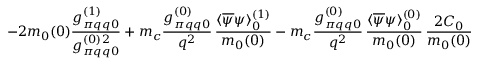
- 2 m _ { 0 } ( 0 ) \frac { g _ { \pi q q 0 } ^ { ( 1 ) } } { g _ { \pi q q 0 } ^ { ( 0 ) \, 2 } } + m _ { c } \frac { g _ { \pi q q 0 } ^ { ( 0 ) } } { q ^ { 2 } } \, \frac { \langle \overline { { { \psi } } } \psi \rangle _ { 0 } ^ { ( 1 ) } } { m _ { 0 } ( 0 ) } - m _ { c } \frac { g _ { \pi q q 0 } ^ { ( 0 ) } } { q ^ { 2 } } \, \frac { \langle \overline { { { \psi } } } \psi \rangle _ { 0 } ^ { ( 0 ) } } { m _ { 0 } ( 0 ) } \, \frac { 2 C _ { 0 } } { m _ { 0 } ( 0 ) }